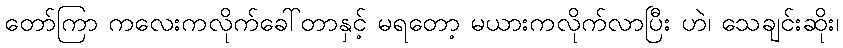
တော်ကြာ ကလေးကလိုက်ခေါ်တာနှင့် မရတော့ မယားကလိုက်လာပြီး ဟဲ၊ သေချင်းဆိုး၊